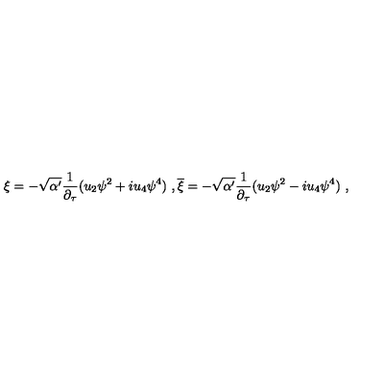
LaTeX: \xi = - \sqrt { \alpha ^ { \prime } } \frac { 1 } { \partial _ { \tau } } ( u _ { 2 } \psi ^ { 2 } + i u _ { 4 } \psi ^ { 4 } ) \ , \overline { { \xi } } = - \sqrt { \alpha ^ { \prime } } \frac { 1 } { \partial _ { \tau } } ( u _ { 2 } \psi ^ { 2 } - i u _ { 4 } \psi ^ { 4 } ) \ ,